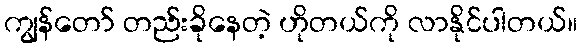
ကျွန်တော် တည်းခိုနေတဲ့ ဟိုတယ်ကို လာနိုင်ပါတယ်။